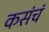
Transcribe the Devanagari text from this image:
कसंचं